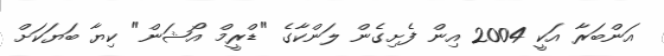
އަންބަރާ އަކީ 2004 އިން ފެށިގެން ލަންކާގެ "ޑްރީމް އޯޝަން" ކިޔާ ބަޔަކަަށް